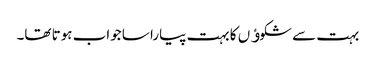
بہت سے شکوﺅں کا بہت پیارا سا جواب ہوتا تھا۔